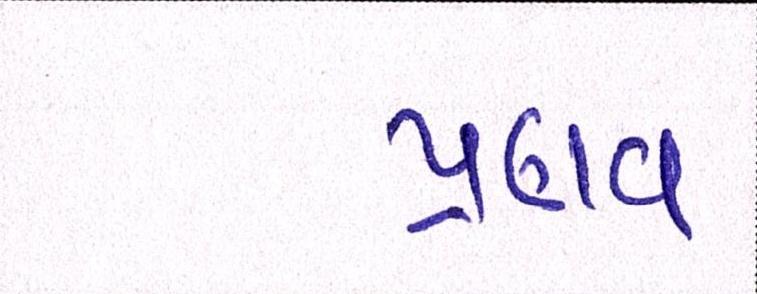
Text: પ્રણવ